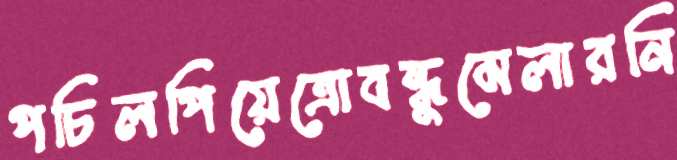
পচিলপিয়েত্রোবন্ধুমেলারনি